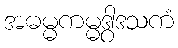
အဓမ္မကမ္မဒွါဒသကံ